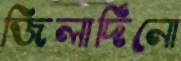
জিলার্দিনো